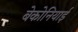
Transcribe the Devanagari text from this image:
बेकोनियाई